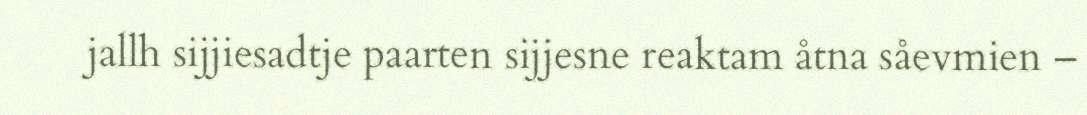
jallh sijjiesadtje paarten sijjesne reaktam åtna såevmien –